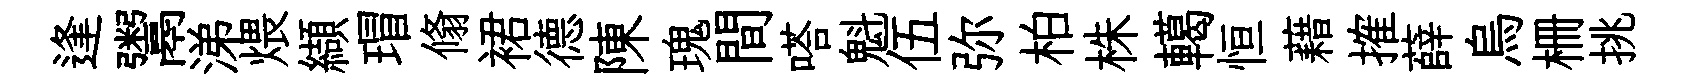
逢鬻涕煨纈瑁翛裙德陳瑰間嗒魁伍弥柏株轕恒藉搉薛烏栅挑